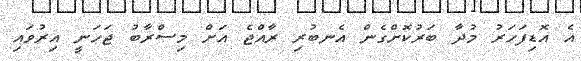
އެ އޮޑިފަހަރު މުދާ ބަރުކޮށްގެން އެނބުރި ރާއްޖެ އަށް މިސްރާބު ޖަހަނީ އިރުވައި